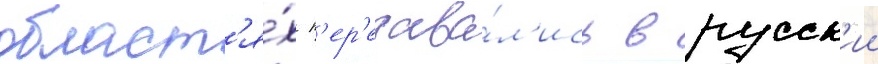
област'я́х п'ер'едава́л'ись в русск'ии